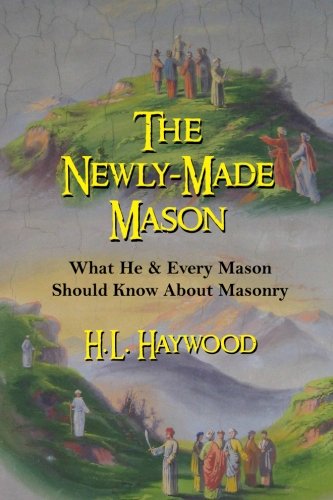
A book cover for The Newly-Made Mason; H. L. Haywood; Religion & Spirituality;